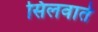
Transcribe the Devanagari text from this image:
सिलवाते